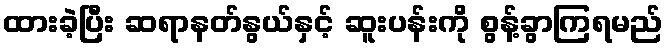
ထားခဲ့ပြီး ဆရာနတ်နွယ်နှင့် ဆူးပန်းကို စွန့်ခွာကြရမည်